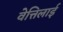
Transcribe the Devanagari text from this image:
वेत्तिलाई